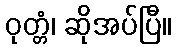
ဝုတ္တံ၊ ဆိုအပ်ပြီ။